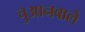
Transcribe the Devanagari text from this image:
चुआनवाले